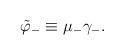
LaTeX: \begin{align*}\tilde \varphi_- \equiv \mu_- \gamma_-. \end{align*}